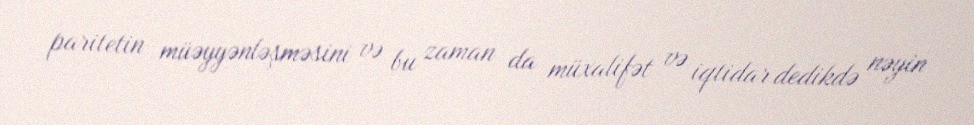
paritetin müəyyənləşməsini və bu zaman da müxalifət və iqtidar dedikdə nəyin